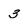
Character: 3